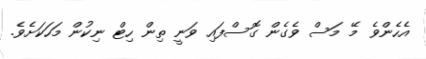
އެހެންވެ މޭ މަސް ވެގެން ގޮސްފައި ވަނީ ތިން ހިޓް ނިކުން މަހަކަށެވެ.